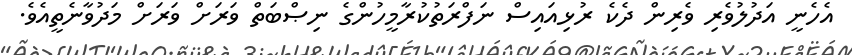
އެހެނީ އަދުލުވެރި ވެރިން ދެކެ ރުޅިއައިސް ނަފްރަތުކުރާމީހުންގެ ނިޞްބަތް ވަރަށް ވަރަށް މަދުވާނެތީއެވެ.